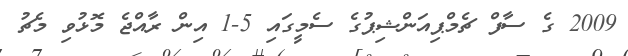
2009 ގެ ސާފް ޗެމްޕިއަންޝިޕުގެ ސެމީގައި 5-1 އިން ރާއްޖެ މޮޅުވި މެޗު